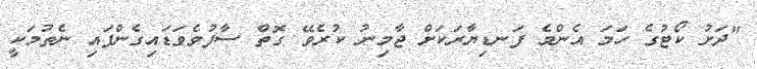
"ދަށު ކޯޓުގެ ހަމަ އެންމެ ފަނޑިޔާރަކަށް ޖާމިނު ކުރެވޭ ގޮތް ސާފުވެވަޑައިގެންފައި ނެތުމަކީ